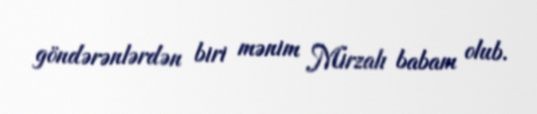
göndərənlərdən biri mənim Mirzalı babam olub.